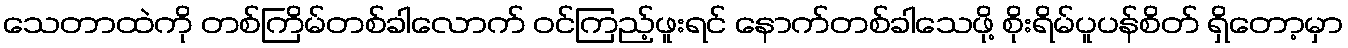
သေတာထဲကို တစ်ကြိမ်တစ်ခါလောက် ဝင်ကြည့်ဖူးရင် နောက်တစ်ခါသေဖို့ စိုးရိမ်ပူပန်စိတ် ရှိတော့မှာ